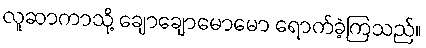
လူဆာကာသို့ ချောချောမောမော ရောက်ခဲ့ကြသည်။